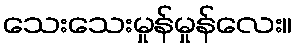
သေးသေးမှုန်မှုန်လေး။